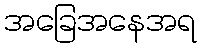
အခြေအနေအရ